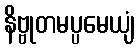
နိဗ္ဗုတမပ္ပမေယျံ